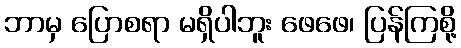
ဘာမှ ပြောစရာ မရှိပါဘူး ဖေဖေ၊ ပြန်ကြစို့